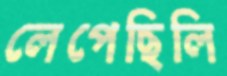
লেপেছিলি